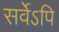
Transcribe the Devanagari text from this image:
सर्वेऽपि